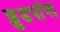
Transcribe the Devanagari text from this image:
झुडपांना